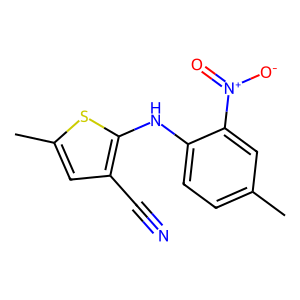
SMILES: Cc1ccc(Nc2sc(C)cc2C#N)c([N+](=O)[O-])c1
Inhibits HIV replication: No